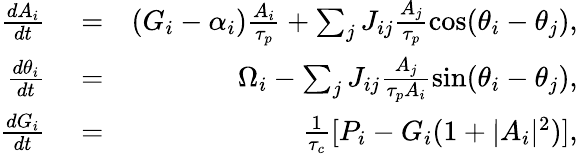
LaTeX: \begin{array}{rlr}{\frac{dA_{i}}{dt}}&{{}=}&{(G_{i}-\alpha_{i})\frac{A_{i}}{\tau_{p}}+\sum_{j}J_{ij}\frac{A_{j}}{\tau_{p}}\cos(\theta_{i}-\theta_{j}),}\\ {\frac{d\theta_{i}}{dt}}&{{}=}&{\Omega_{i}-\sum_{j}J_{ij}\frac{A_{j}}{\tau_{p}A_{i}}\sin(\theta_{i}-\theta_{j}),}\\ {\frac{dG_{i}}{dt}}&{{}=}&{\frac{1}{\tau_{c}}[P_{i}-G_{i}(1+|A_{i}|^{2})],}\end{array}